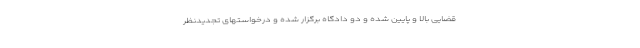
قضایی بالا و پایین شده و دو دادگاه برگزار شده و درخواستهای تجدیدنظر